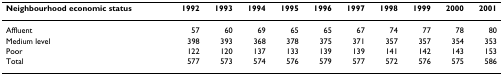
<table><thead><tr><td><b>Neighbourhood economic status</b></td><td><b>1992</b></td><td><b>1993</b></td><td><b>1994</b></td><td><b>1995</b></td><td><b>1996</b></td><td><b>1997</b></td><td><b>1998</b></td><td><b>1999</b></td><td><b>2000</b></td><td><b>2001</b></td></tr></thead><tbody><tr><td>Affluent</td><td>57</td><td>60</td><td>69</td><td>65</td><td>65</td><td>67</td><td>74</td><td>77</td><td>78</td><td>80</td></tr><tr><td>Medium level</td><td>398</td><td>393</td><td>368</td><td>378</td><td>375</td><td>371</td><td>357</td><td>357</td><td>354</td><td>353</td></tr><tr><td>Poor</td><td>122</td><td>120</td><td>137</td><td>133</td><td>139</td><td>139</td><td>141</td><td>142</td><td>143</td><td>153</td></tr><tr><td>Total</td><td>577</td><td>573</td><td>574</td><td>576</td><td>579</td><td>577</td><td>572</td><td>576</td><td>575</td><td>586</td></tr></tbody></table>